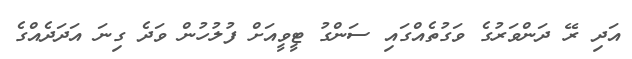
އަދި ރޭ ދަންވަރުގެ ވަގުތެއްގައި ސަންގު ޓީވީއަށް ފުލުހުން ވަދެ ގިނަ އަދަދެއްގެ